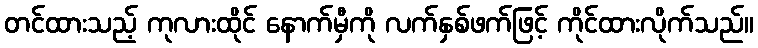
တင်ထားသည့် ကုလားထိုင် နောက်မှီကို လက်နှစ်ဖက်ဖြင့် ကိုင်ထားလိုက်သည်။